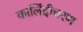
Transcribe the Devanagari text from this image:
कालिंदीचरण